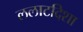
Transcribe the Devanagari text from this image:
ललाटदिशा